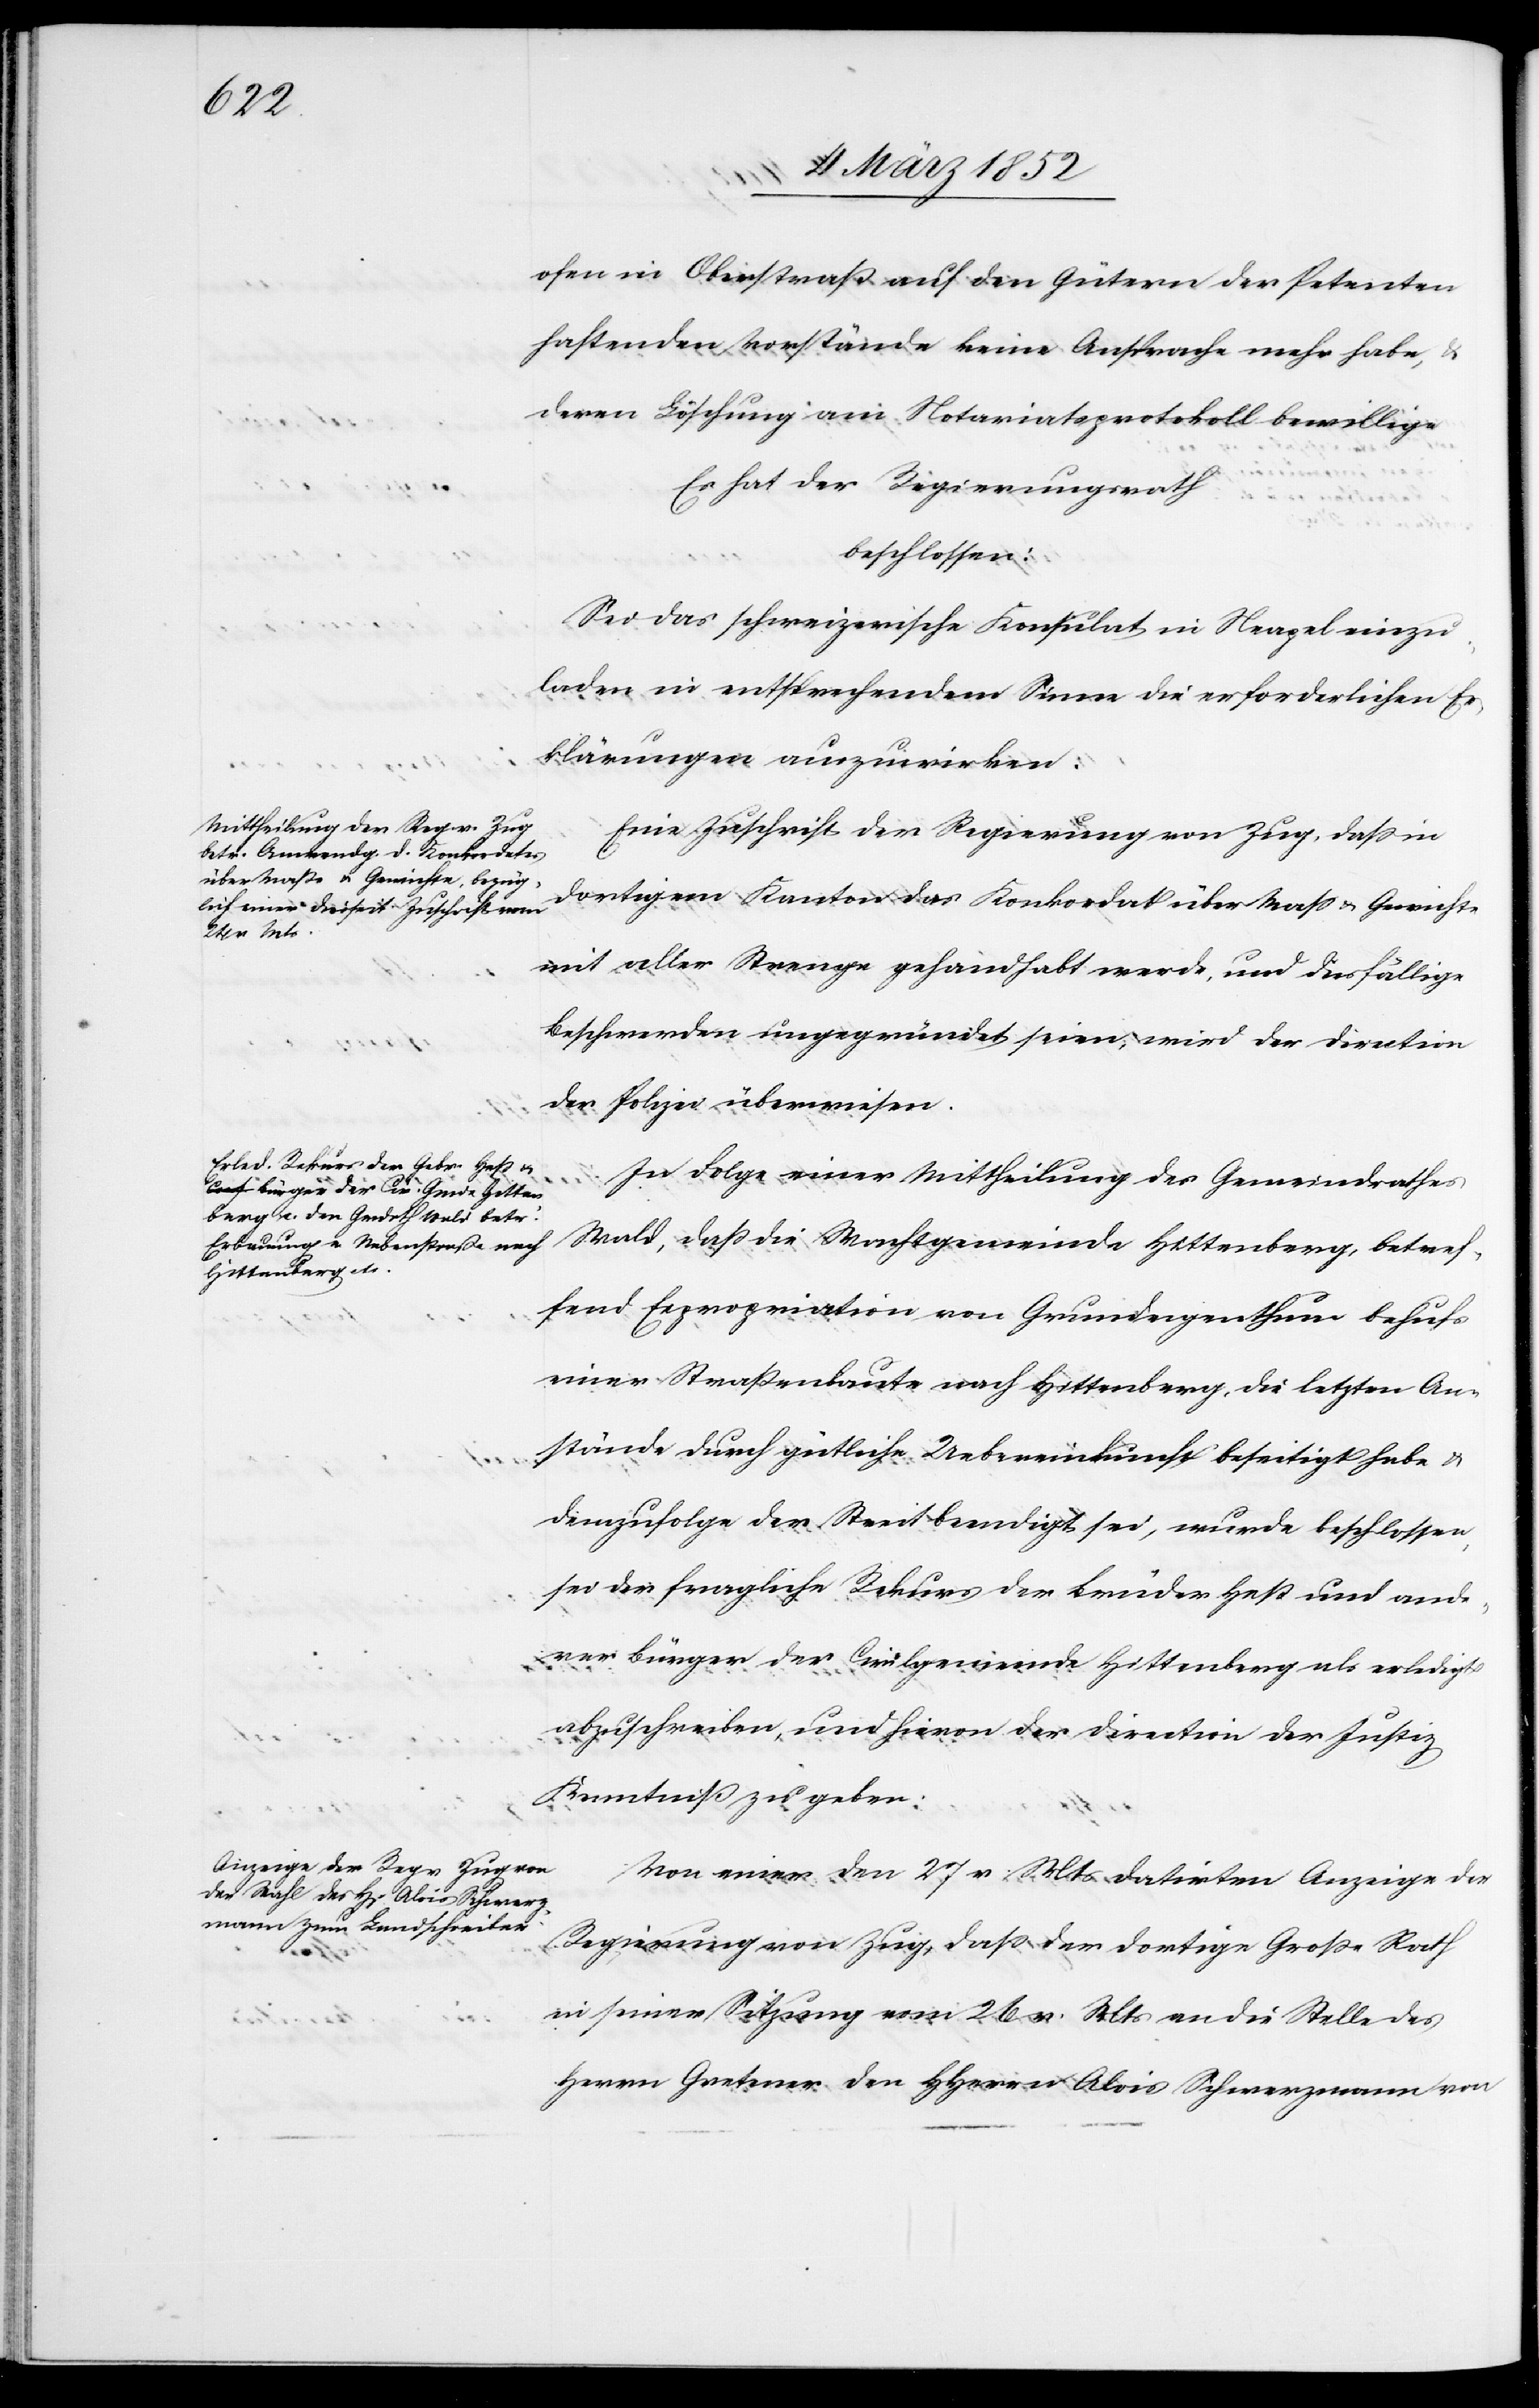
ofen in Oberstraß auf den Gütern der Petenten
haftenden Vorstände keine Ansprache mehr habe,&
deren Löschung am Notariatsprotokoll bewillige.
Es hat der Regierungsrath
beschlossen:
Sei das schweizerische Konsulat in Neapel einzu¬
laden in entsprechendem Sinne die erforderlichen Er¬
klärungen auszuwirken.
Eine Zuschrift der Regierung von Zug, daß in
dortigem Kanton das Konkordat über Maß u. Gewichte
mit aller Strenge gehandhabt werde, und diesfällige
Beschwerden ungegründet seien, wird der Direction
der Polizei überwiesen.
In Folge einer Mittheilung des Gemeindrathes
Hittenberg, b¬
fend Expropriation von Grundeigenthum behufs
einer Straßenbaute nach Hittenberg, die letzten Ab¬
stände durch gütliche Uebereinkunft beseitigt habe u.
demzufolge der Streit beendigt sei, wurde beschlossen,
sei der fragliche Rekurs der Brüder Heß und ande¬
rer Bürger der Civilgemeinde Hittenberg als erledigt
abzuschreiben, und hievon der Direction der Justiz
Kenntniß zu geben.
Von einer den 27 v. Mts datirten Anzeige der
Regierung von Zug, daß der dortige Große Rath
etref¬
in seiner Sitzung vom 26 v. Mts an die Stelle des
Herrn Gretener den HHerrn Alois Schwerzmann von